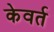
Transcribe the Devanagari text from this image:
केवर्त